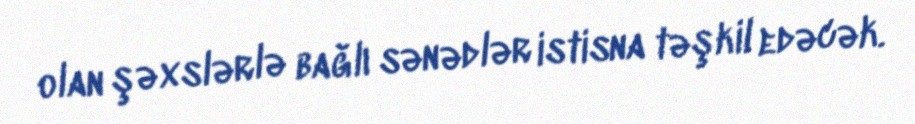
olan şəxslərlə bağlı sənədlər istisna təşkil edəcək.